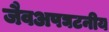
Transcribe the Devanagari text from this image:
जैवअपघटनीय